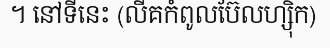
។ នៅទីនេះ (លីគកំពូលប៊ែលហ្ស៊ិក)